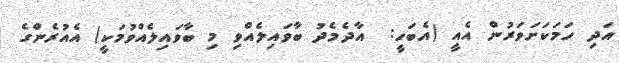
އަދި ހަމަކަށަވަރުން އެއީ (އެބަހީ:  އާދެމެދު ބާވައިލެއްވި މި ބާވައިލެއްވުމަކީ) އެއުރެންގެ